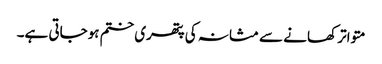
متواتر کھانے سے مثانہ کی پتھری ختم ہوجاتی ہے۔